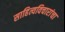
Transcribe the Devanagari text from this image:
साहित्यविचारांचा